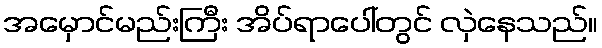
အမှောင်မည်းကြီး အိပ်ရာပေါ်တွင် လှဲနေသည်။